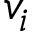
v _ { i }